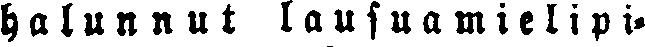
halunnut lausuamielipi-